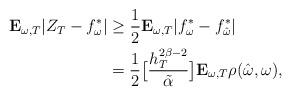
LaTeX: \begin{align*} \mathbf{E}_{\omega,T}|Z_{T}-f_{\omega}^{*}| &\geq \frac{1}{2}\mathbf{E}_{\omega,T}|f_{\omega}^{*}-f_{\hat{\omega}}^{*}|\\ &=\frac{1}{2}\big[\frac{h_{T}^{2\beta-2}}{\tilde{\alpha}}\big]\mathbf{E}_{\omega,T}\rho(\hat{\omega},\omega),\end{align*}